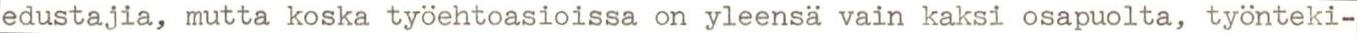
edustajia, mutta koska työehtoasioissa on yleensä vain kaksi osapuolta, työnteki-